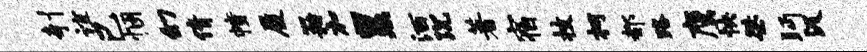
剞谊己悃幻倩幢履籍加累洒沉著宿技柯都路鹰怏桀眄汲